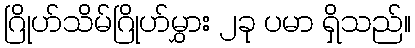
ဂြိုဟ်သိမ်ဂြိုဟ်မွှား ၂ခု ပမာ ရှိသည်။